Civil Veterinary Dept. Bombay admin report 1907-1913 - 1907-1913
Year: 1907
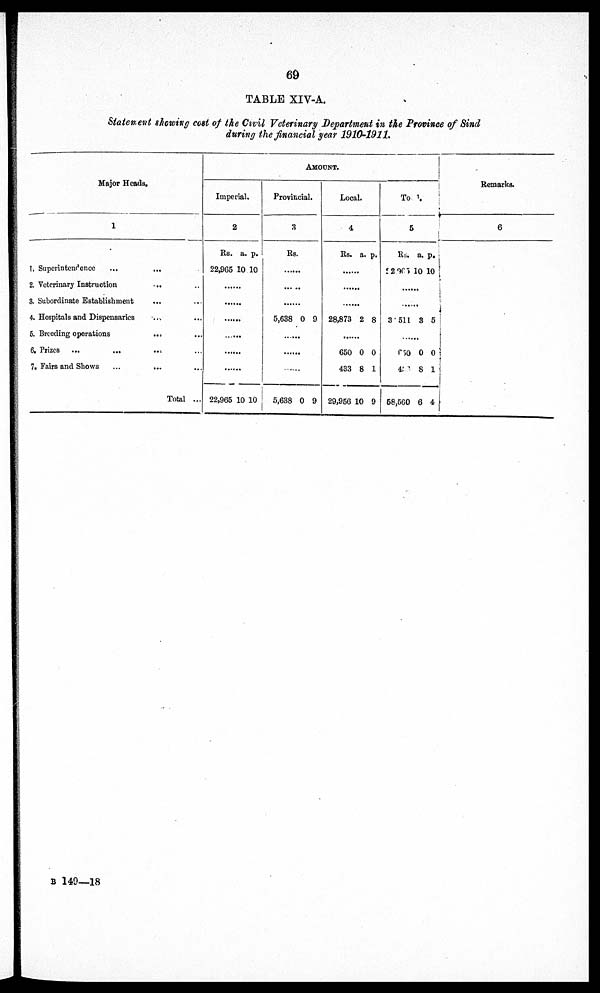
69
TABLE XIV-A.
Statement showing cost of the Civil Veterinary Department in the Province of Sind
during the financial gear 1910-1911
Major Heads.
1
1. Superintendence ... ...
2. Veterinary Insitruction
...
...
3. Subordinate Establishment ... ...
4. Hospitals and Dispensaries ... ...
5. Breeding operations
...
...
6. Prizes ... ... ... ...
7, Fairs and Shows ... ... ...
Total ...
AMOUNT.
Imperial.
2
Rs. a. p.
22,965 10 10
......
......
...
...
......
22,965 10 10
Provincial.
3
Rs.
......
......
5,638 0 9
...
...
......
5,638 0 9
Local.
4
Rs. a. p.
......
......
......
28,873 2 8
......
650 0 0
433 8 1
29,956 10 9
Total
5
Rs.
a. p.
22 365 10 10
......
......
3 511 3 5
......
650 0 0
433
8
1
58,560 6 4
Remarks.
6
B 149—18